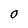
Character: 0